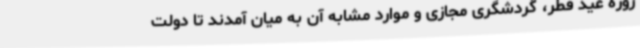
روزه عید فطر، گردشگری مجازی و موارد مشابه آن به میان آمدند تا دولت